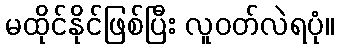
မထိုင်နိုင်ဖြစ်ပြီး လူဝတ်လဲရပုံ။